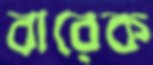
বারেক